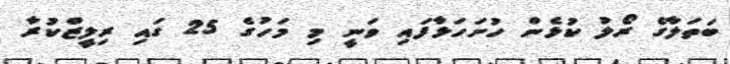
ބަތަލާގެ ރޯލު ކުޅެން ހުށަހަޅާފައި ވަނީ މި މަހުގެ 25 ގައި ރިލީޒްކުރާ